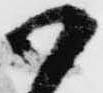
御